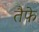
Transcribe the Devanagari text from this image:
तैफे